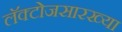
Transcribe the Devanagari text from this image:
लॅक्टोजसारख्या